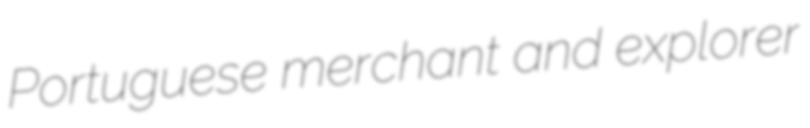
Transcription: Portuguese merchant and explorer